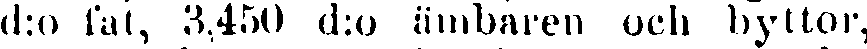
d:o fat, 3,450 d:o ämbaren och hyttor,